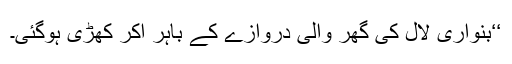
‘‘بنواری لال کی گھر والی دروازے کے باہر آکر کھڑی ہوگئی۔